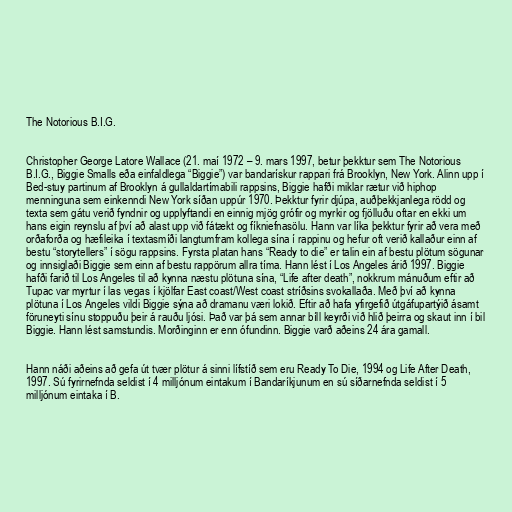
The Notorious B.I.G.

Christopher George Latore Wallace (21. maí 1972 – 9. mars 1997, betur þekktur sem The Notorious
B.I.G., Biggie Smalls eða einfaldlega “Biggie”) var bandarískur rappari frá Brooklyn, New York. Alinn upp í
Bed-stuy partinum af Brooklyn á gullaldartímabili rappsins, Biggie hafði miklar rætur við hiphop
menninguna sem einkenndi New York síðan uppúr 1970. Þekktur fyrir djúpa, auðþekkjanlega rödd og
texta sem gátu verið fyndnir og upplyftandi en einnig mjög grófir og myrkir og fjölluðu oftar en ekki um
hans eigin reynslu af því að alast upp við fátækt og fíkniefnasölu. Hann var líka þekktur fyrir að vera með
orðaforða og hæfileika í textasmíði langtumfram kollega sína í rappinu og hefur oft verið kallaður einn af
bestu “storytellers” í sögu rappsins. Fyrsta platan hans “Ready to die” er talin ein af bestu plötum sögunar
og innsiglaði Biggie sem einn af bestu rappörum allra tíma. Hann lést í Los Angeles árið 1997. Biggie
hafði farið til Los Angeles til að kynna næstu plötuna sína, “Life after death”, nokkrum mánuðum eftir að
Tupac var myrtur í las vegas í kjölfar East coast/West coast stríðsins svokallaða. Með því að kynna
plötuna í Los Angeles vildi Biggie sýna að dramanu væri lokið. Eftir að hafa yfirgefið útgáfupartýið ásamt
föruneyti sínu stoppuðu þeir á rauðu ljósi. Það var þá sem annar bíll keyrði við hlið þeirra og skaut inn í bil
Biggie. Hann lést samstundis. Morðinginn er enn ófundinn. Biggie varð aðeins 24 ára gamall.

Hann náði aðeins að gefa út tvær plötur á sinni lífstíð sem eru Ready To Die, 1994 og Life After Death,
1997. Sú fyrirnefnda seldist í 4 milljónum eintakum í Bandaríkjunum en sú síðarnefnda seldist í 5
milljónum eintaka í B.